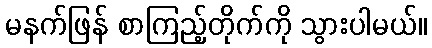
မနက်ဖြန် စာကြည့်တိုက်ကို သွားပါမယ်။